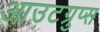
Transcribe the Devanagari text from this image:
आउटग्रुप्स